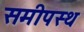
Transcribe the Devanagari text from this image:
समीपस्‍थ